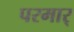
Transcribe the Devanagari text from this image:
परमार्